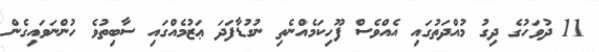
11 ދުވަހުގެ ދިގު މުއްދަތުގައި އެއްވެސް ފޫހިކަމެއްނެތި ނުގުޑާފަދަ ޢަޒުމެއްގައި ސާބިތުވެ ހުންނަވައިގެން